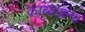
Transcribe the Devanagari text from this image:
काब्यग्रन्थ